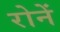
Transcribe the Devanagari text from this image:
रोनें